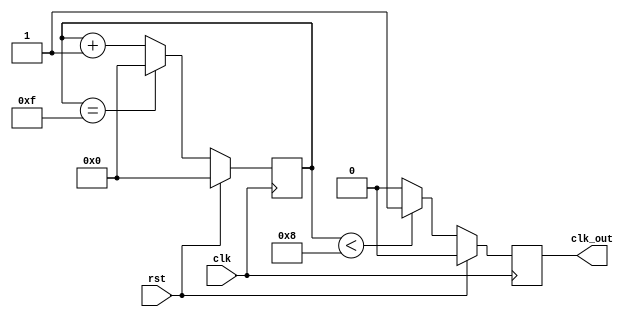
`timescale 1ns / 1ps
//////////////////////////////////////////////////////////////////////////////////
// Company: 
// Engineer: 
// 
// Design Name: 
// Module Name:    clk_divider 
// Project Name: 
// Target Devices: 
// Tool versions: 
// Description:     Divide the input clock by 'divider'.
//
// Dependencies: 
//
// Revision: 
// Revision 0.01 - File Created
// Additional Comments: 
//
//////////////////////////////////////////////////////////////////////////////////
module clk_divider#(parameter divider = 16)(input clk, input rst, output reg clk_out);

localparam half_divider = divider/2;
localparam divider_minus_one = divider-1;

reg [7:0] counter;

always @(posedge clk)
begin
  if (rst)
    clk_out <= 0;
  else
    clk_out <= (counter < half_divider)? 1 : 0;
end

always @(posedge clk)
begin
  if (rst)
    counter <= 0;
  else
    counter <= (counter == divider_minus_one)? 0 : counter + 1;
end

endmodule